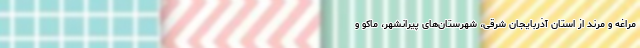
مراغه و مرند از استان آذربایجان شرقی، شهرستان‌های پیرانشهر، ماکو و